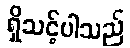
ရှိသင့်ပါသည်